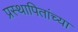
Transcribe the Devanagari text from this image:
प्रस्थापितांच्या